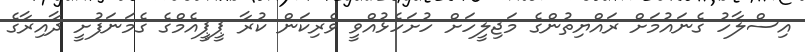
އިސްލާހު ގެނައުމަށް ރައްޔިތުންގެ މަޖިލީހަށް ހުށަހެޅުއްވީ ވެރިކަން ކުރާ ޕީޕީއެމްގެ ގެމަނަފުށީ ދާއިރާގެ